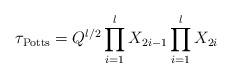
LaTeX: \begin{align*}\tau_{{\rm Potts}}=Q^{l/2} \prod_{i=1}^{l}X_{2i-1}\prod_{i=1}^{l}X_{2i}\end{align*}